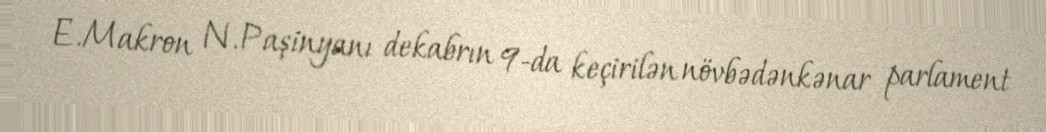
E.Makron N.Paşinyanı dekabrın 9-da keçirilən növbədənkənar parlament